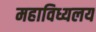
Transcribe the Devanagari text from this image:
महाविध्यलय